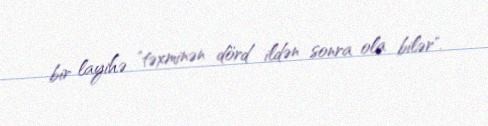
bir layihə "təxminən dörd ildən sonra ola bilər".